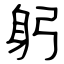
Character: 躬